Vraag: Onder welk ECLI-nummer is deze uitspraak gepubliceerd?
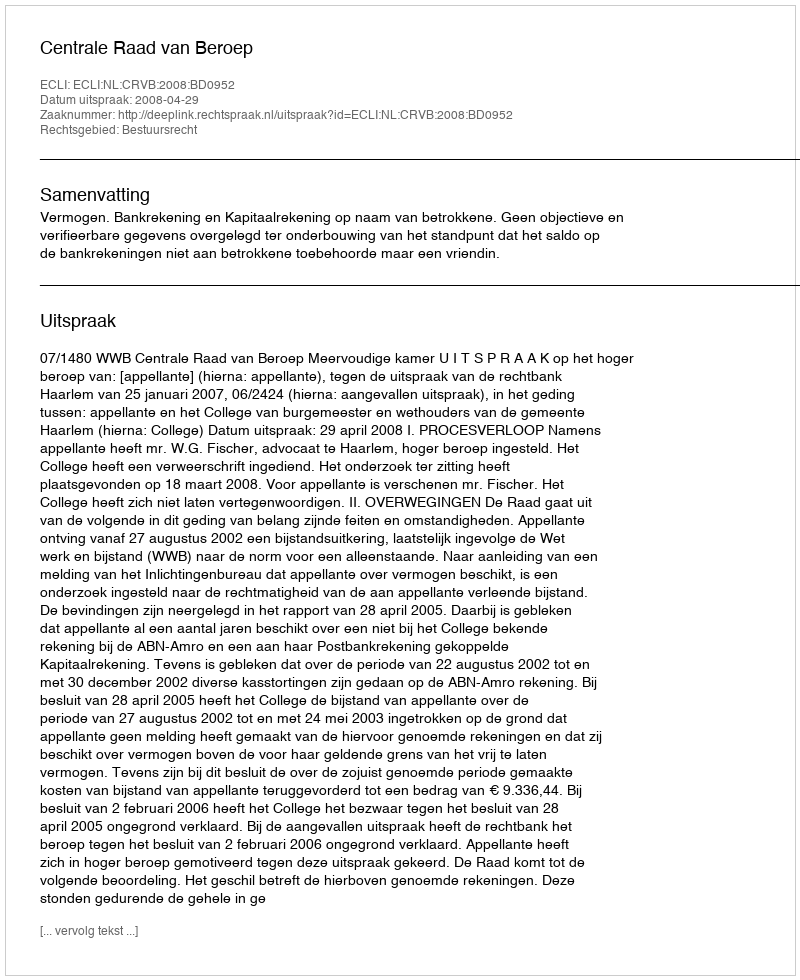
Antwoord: ECLI:NL:CRVB:2008:BD0952